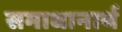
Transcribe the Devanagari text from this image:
समाधानार्थ